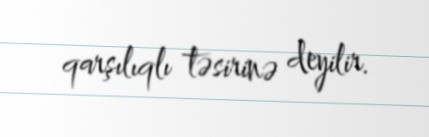
qarşılıqlı təsirinə deyilir.